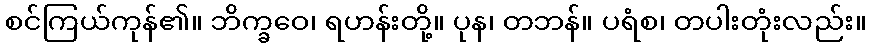
စင်ကြယ်ကုန်၏။ ဘိက္ခဝေ၊ ရဟန်းတို့။ ပုန၊ တဘန်။ ပရံစ၊ တပါးတုံးလည်း။